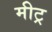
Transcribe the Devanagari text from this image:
मीट्र